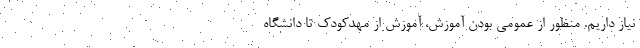
نیاز داریم. منظور از عمومی بودن آموزش، آموزش از مهدکودک تا دانشگاه